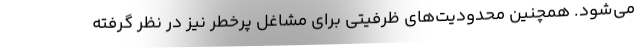
می‌شود. همچنین محدودیت‌های ظرفیتی برای مشاغل پرخطر نیز در نظر گرفته